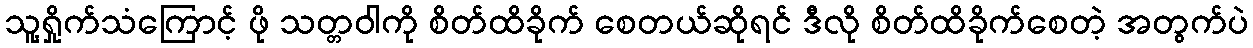
သူ့ရှိုက်သံကြောင့် ဖို သတ္တဝါကို စိတ်ထိခိုက် စေတယ်ဆိုရင် ဒီလို စိတ်ထိခိုက်စေတဲ့ အတွက်ပဲ